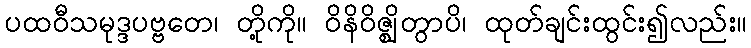
ပထဝီသမုဒ္ဒပဗ္ဗတေ၊ တို့ကို။ ဝိနိဝိဇ္ဈိတွာပိ၊ ထုတ်ချင်းထွင်း၍လည်း။